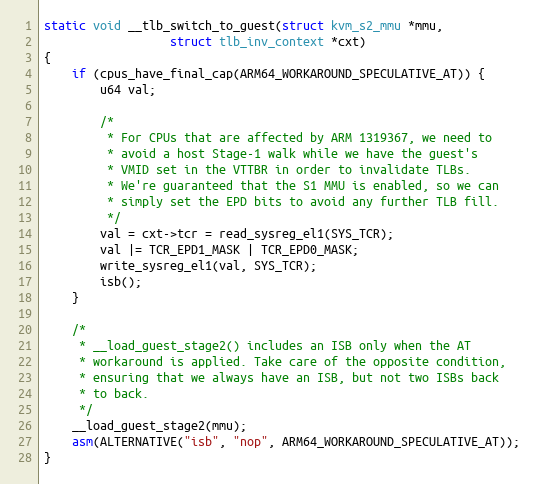
Language: C
static void __tlb_switch_to_guest(struct kvm_s2_mmu *mmu,
				  struct tlb_inv_context *cxt)
{
	if (cpus_have_final_cap(ARM64_WORKAROUND_SPECULATIVE_AT)) {
		u64 val;

		/*
		 * For CPUs that are affected by ARM 1319367, we need to
		 * avoid a host Stage-1 walk while we have the guest's
		 * VMID set in the VTTBR in order to invalidate TLBs.
		 * We're guaranteed that the S1 MMU is enabled, so we can
		 * simply set the EPD bits to avoid any further TLB fill.
		 */
		val = cxt->tcr = read_sysreg_el1(SYS_TCR);
		val |= TCR_EPD1_MASK | TCR_EPD0_MASK;
		write_sysreg_el1(val, SYS_TCR);
		isb();
	}

	/*
	 * __load_guest_stage2() includes an ISB only when the AT
	 * workaround is applied. Take care of the opposite condition,
	 * ensuring that we always have an ISB, but not two ISBs back
	 * to back.
	 */
	__load_guest_stage2(mmu);
	asm(ALTERNATIVE("isb", "nop", ARM64_WORKAROUND_SPECULATIVE_AT));
}